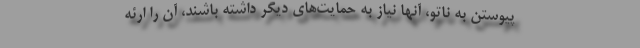
پیوستن به ناتو، آنها نیاز به حمایت‌های دیگر داشته باشند، آن را ارئه